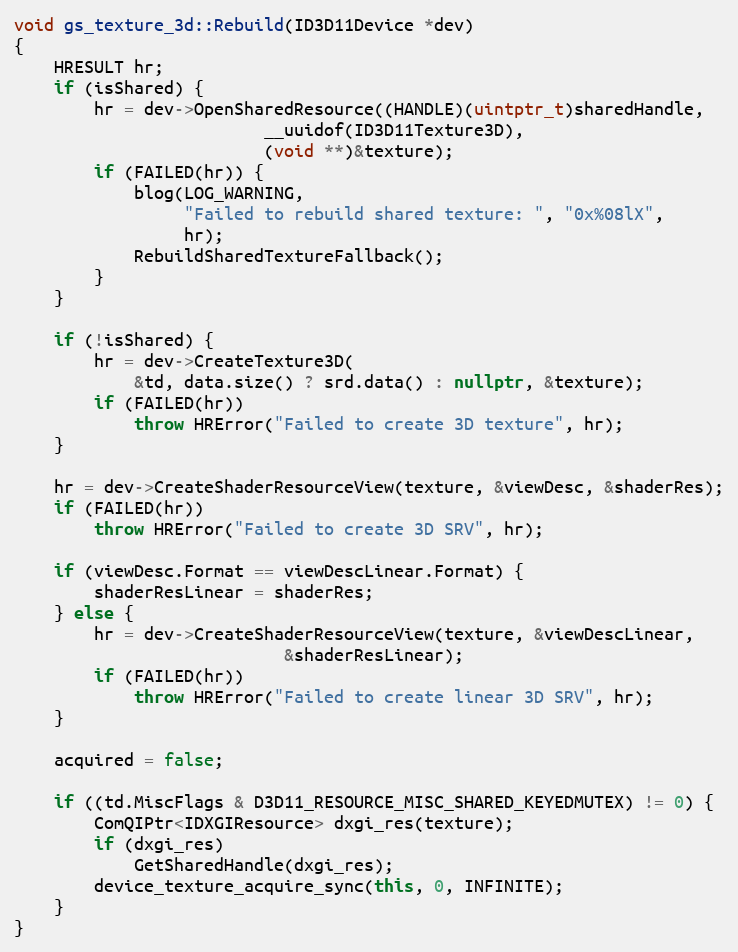
Language: C++
void gs_texture_3d::Rebuild(ID3D11Device *dev)
{
	HRESULT hr;
	if (isShared) {
		hr = dev->OpenSharedResource((HANDLE)(uintptr_t)sharedHandle,
					     __uuidof(ID3D11Texture3D),
					     (void **)&texture);
		if (FAILED(hr)) {
			blog(LOG_WARNING,
			     "Failed to rebuild shared texture: ", "0x%08lX",
			     hr);
			RebuildSharedTextureFallback();
		}
	}

	if (!isShared) {
		hr = dev->CreateTexture3D(
			&td, data.size() ? srd.data() : nullptr, &texture);
		if (FAILED(hr))
			throw HRError("Failed to create 3D texture", hr);
	}

	hr = dev->CreateShaderResourceView(texture, &viewDesc, &shaderRes);
	if (FAILED(hr))
		throw HRError("Failed to create 3D SRV", hr);

	if (viewDesc.Format == viewDescLinear.Format) {
		shaderResLinear = shaderRes;
	} else {
		hr = dev->CreateShaderResourceView(texture, &viewDescLinear,
						   &shaderResLinear);
		if (FAILED(hr))
			throw HRError("Failed to create linear 3D SRV", hr);
	}

	acquired = false;

	if ((td.MiscFlags & D3D11_RESOURCE_MISC_SHARED_KEYEDMUTEX) != 0) {
		ComQIPtr<IDXGIResource> dxgi_res(texture);
		if (dxgi_res)
			GetSharedHandle(dxgi_res);
		device_texture_acquire_sync(this, 0, INFINITE);
	}
}